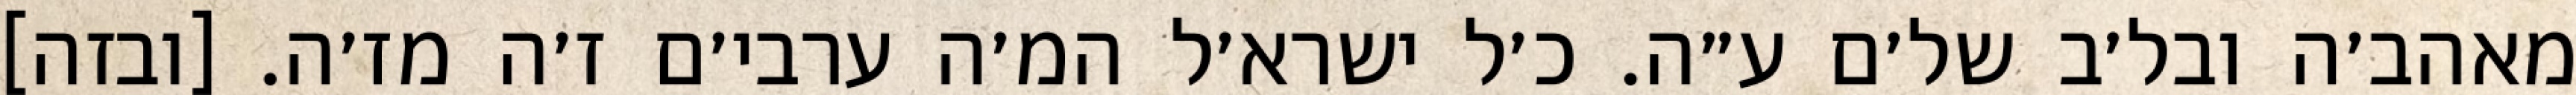
מאהב׳ה ובל׳ב של׳ם ע״ה. כ׳ל ישרא׳ל המ׳ה ערבי׳ם ז׳ה מז׳ה. [ובזה]